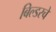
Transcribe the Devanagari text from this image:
बिल्डरचे